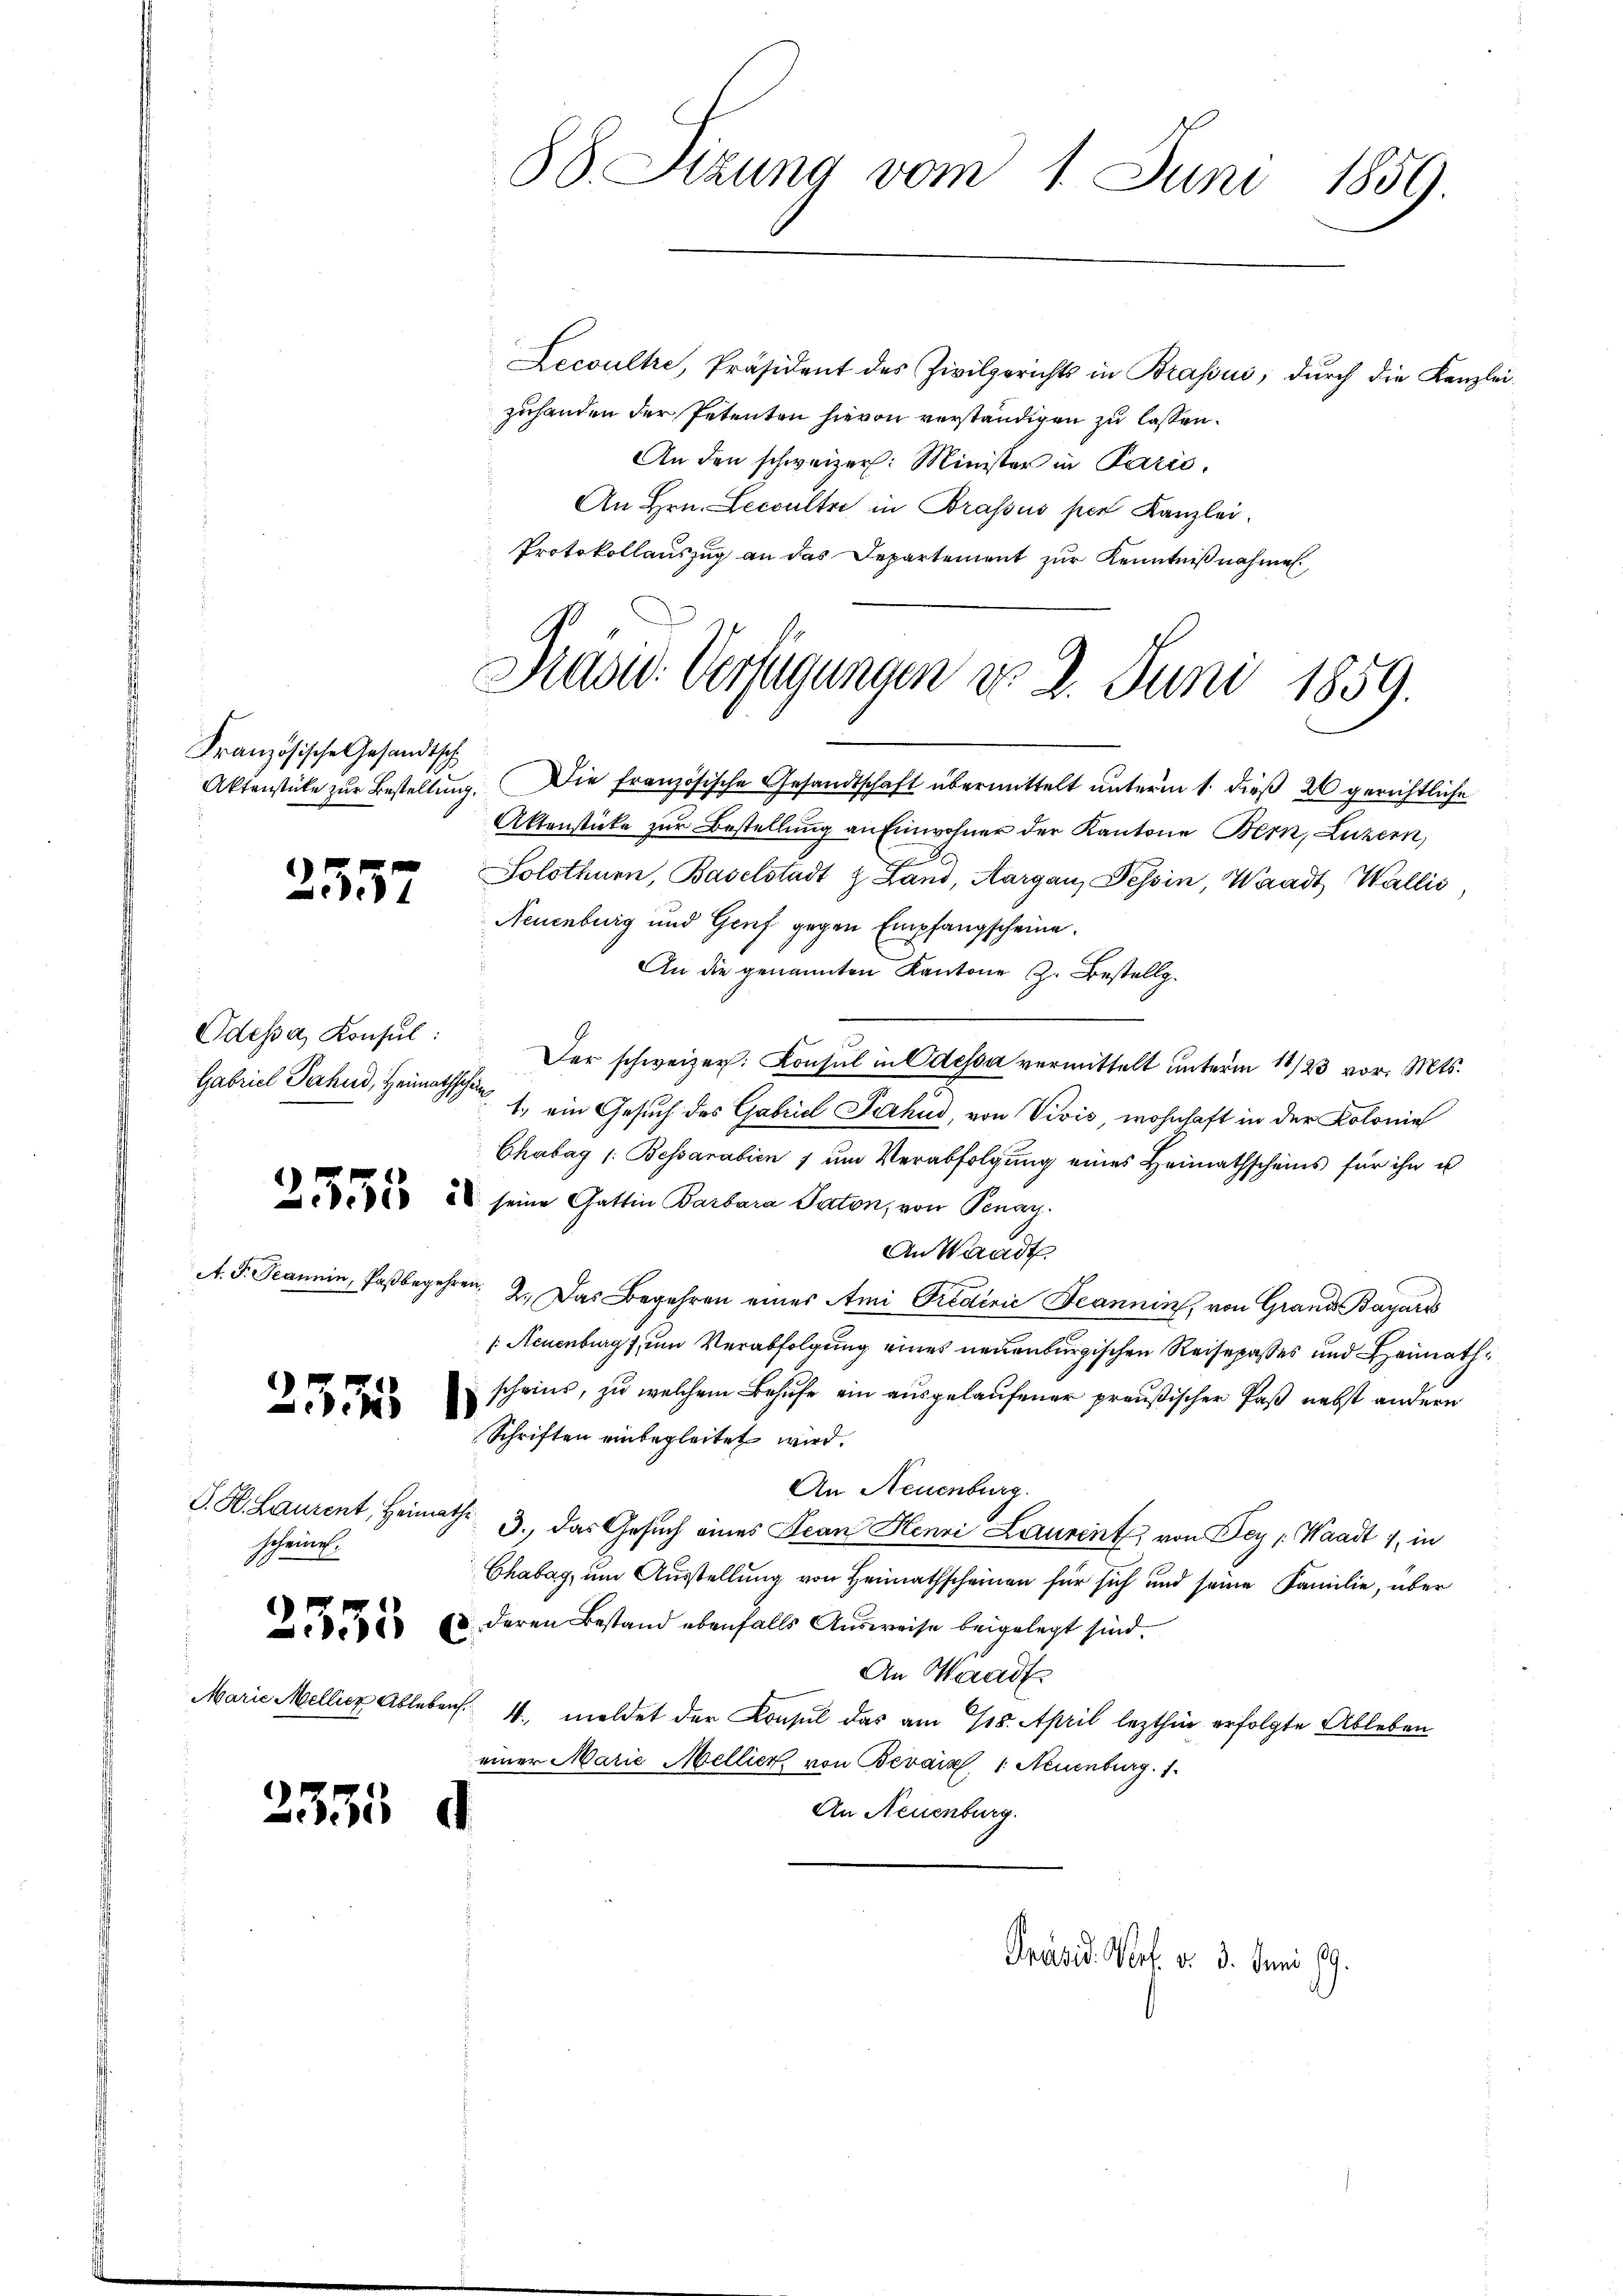
Französische Gesandtsch

)
357

Odessa, Konsul:
Gabriel Fahnd, Heimathschein

237

S. H. Laurent, Heimath
scheinen.

2335

2335

Lecoultre, Präsident des Zivilgerichts in Brassus, durch die Kanzlei-
zuhanden der Petenten hievon verständigen zu lassen.
An den schweizer. Minister in Paris.
An Hrn. Leccultre in Brassus per Kanzlei.
Protokollauszug an das Departement zur Kenntnißnahmen.

88 Sizung vom 1. Juni 1859.

Präsid. Verfügungen do 2. Juni 1859.

Präsid. Wert v. 3. Juni 19

Aktenstücke zur Bestellung. Die französische Gesandtschaft übermittelt unterm 1. dieß 20 gerichtliche
Aktenstücke zur Bestellung an Einwohner der Kantone Bern, Luzern,
8
Solothurn, Baselstadt & Land, Aargau, Tessin, Waadt Wallis
Neuenburg und Genf gegen Empfangscheine.
An die genannten Kantone z. Bestellg
Der schweizer. Konsul in Odessa vermittelt unterm 11/23 vor. Mts.
1.) ein Gesuch des Gabriel Serhus, von Vivis, wohnhaft in der Kolonie
Chabag /: Bessarabien 7 um Verabfolgung eines Heimathscheins für ihn u
 2 seine Gattin Barbara Paton, von Penay
An Waadt
A. F. Peanein, Paßbegehren, 2. Das Begehren eines Ami Predinić Jeannin, von Grand Bayars
/ Neuenburg um Verabfolgung eines neuenburgischen Reisepasses und Heimathscheins, zu welchem Behufe ein ausgelaufener preußischer Paß nebst andern
Schriften einbegleitet wird.
An Neuenburg.
3. Das Gesuch eines Jean Henri Laurent, von Fey (Waadt 1, in
Chabag, um Ausstellung von Heimathscheinen für sich und seine Familie, über
. deren Bestand ebenfalls Ausweise beigelegt sind.
An Waadt
Marie Mellier Ablebens 4. meldet der Konsul das am 118. April lezthin erfolgte Ableben
einer Marie Mellier, von Berain, 1. Neuenburg. 1
An Neuenburg.
d